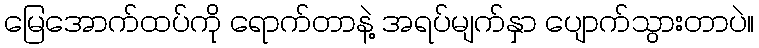
မြေအောက်ထပ်ကို ရောက်တာနဲ့ အရပ်မျက်နှာ ပျောက်သွားတာပဲ။